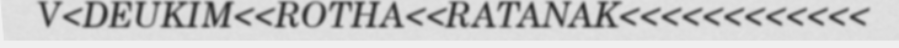
V<DEUKIM<<ROTHA<<RATANAK<<<<<<<<<<<<